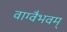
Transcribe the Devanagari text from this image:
वाग्वैभवम्